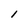
Character: l